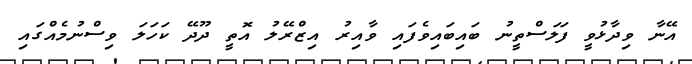
އޭނާ ވިދާޅުވީ ފަލަސްތީނު ބައިބައިވެފައި ވާއިރު އިޒްރޭލު އޮތީ ދޫދޭ ކަހަލަ ވިސްނުމެއްގައި